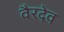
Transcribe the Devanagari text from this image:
वैरदेव